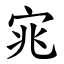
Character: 宨